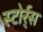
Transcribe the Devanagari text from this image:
स्टोर्र्स